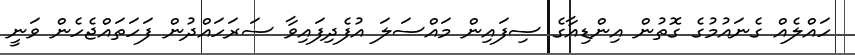
ހައްލެއް ގެނައުމުގެ ގޮތުން އިންޑިއާގެ ސިފައިން މައްސަލަ އުފެދިފައިވާ ސަރަހައްދުން ފަހަތައްޖެހެން ވަނީ